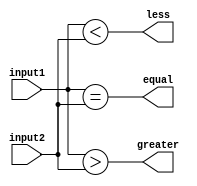
module comparator(
  input [15:0] input1,
  input [15:0] input2,
  output reg equal,
  output reg greater,
  output reg less 
);

  assign equal = (input1 == input2);
  assign greater = (input1 > input2);
  assign less = (input1 < input2);

endmodule